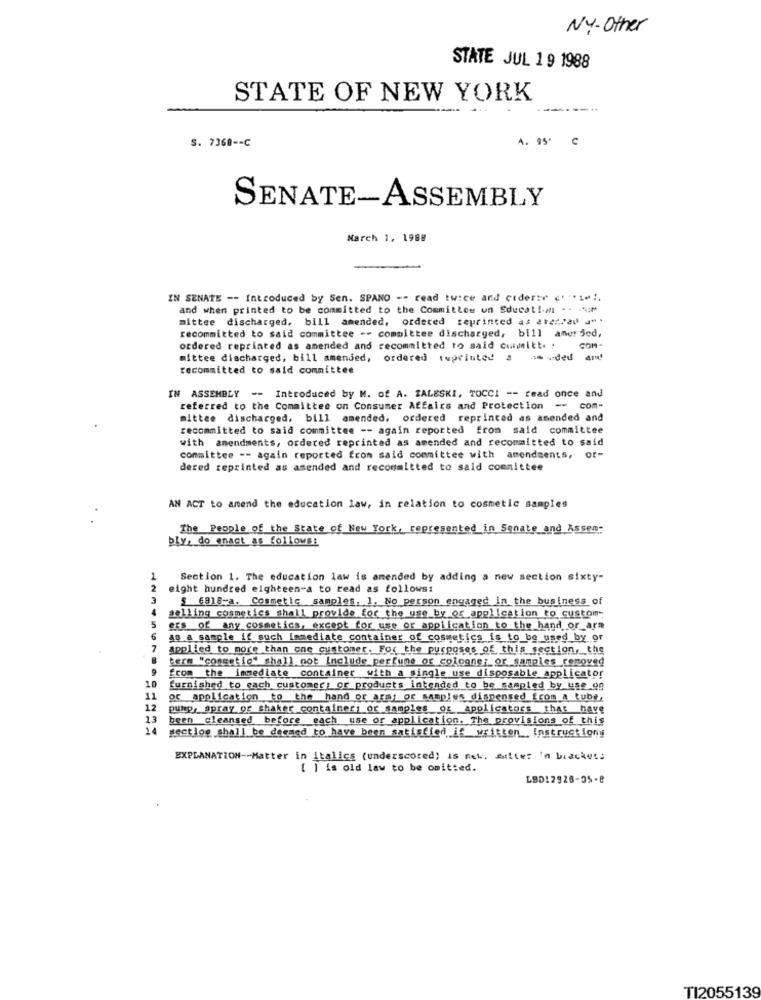
NY-Other
STATE JUL 19 1988
STATE OF NEW YORK
S. 7368 -- C
A. 95º C
SENATE-ASSEMBLY
March 1, 1988
IN SENATE -- Introduced by Sen. SPANO -- read twice and cidertr (''*1 *!.
and when printed to be committed to the Committee un Educat !- mn -- *
mittee discharged, bill amended, ordered reprinted as ater.ray J" .
recommitted to said committee -- committee discharged, bill anerded,
ordered reprinted as amended and recommitted to said committe !
COM-
mittee discharged, bill amended, ordered tuprinted a
recommitted to said committee
IN ASSEMBLY -- Introduced by M. of A. ZALESKI, TOCCI -- read once and
referred to the Committee on Consumer Affairs and Protection -- com-
mittee discharged, bill amended, ordered reprinted as amended and
recommitted to said committee -- again reported from said committee
with amendments, ordered reprinted as amended and recommitted to said
committee -- again reported from said committee with amendments, or-
dered reprinted as amended and recommitted to said committee
AN ACT to anend the education law, in relation to cosmetic samples
The People of the State of New York, represented in Senate and Assen-
bly, do enact as follows:
Section 1. The education law is amended by adding a new section sixty-
eight hundred eighteen-a to read as follows:
$ 6818-a. Cosmetic samples. 1. No person engaged in the business of
5
selling cosmetics shall provide for the use by or application to custom-
eEs of any cosmetics, except for use or application to the hand or_arm
6
as a sample if such immediate container of cosmetics is to be_used by or
7
applied to more than one customer. For the purposes of this section, the
term "congetic" shall not Include_perfume or cologne; or samples removed
from the immediate container with a single use disposable applicator
10
furnished to each customer; or products intended to be sampled by_use on
11
of application to the hand or agm; or samples dispensed from a tube
12
pump, spray of shaker container; or samples of applicators that have
13
been cleansed before each use or application. The provisions of this
14
section shall be deemed to have been satisfied if written_ Instruction
EXPLANATION -- Matter in italics (underscored) is nek, estler 'n bracket.
[ ] is old law to be omitted.
LBD!2928-05-8
TI2055139